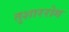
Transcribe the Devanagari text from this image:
तुशाररोग